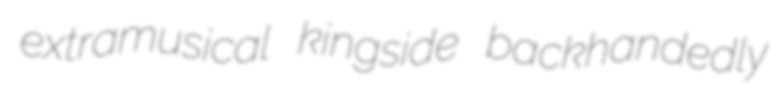
extramusical kingside backhandedly